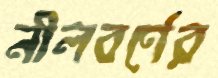
নীলবর্ণের